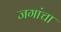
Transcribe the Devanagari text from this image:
जगांचा